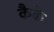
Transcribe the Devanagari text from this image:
कैके